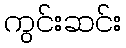
ကွင်းဆင်း